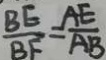
\frac { B E } { B F } = \frac { A E } { A B }